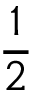
\frac 1 2